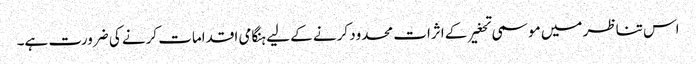
اس تناظر میں موسمی تحغیر کے اثرات محدود کرنے کے لیے ہنگامی اقدامات کرنے کی ضرورت ہے۔